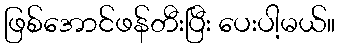
ဖြစ်အောင်ဖန်တီးပြီး ပေးပါ့မယ်။